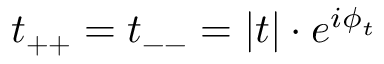
t _ { + + } = t _ { -- } = | t | \cdot e ^ { i \phi _ { t } }